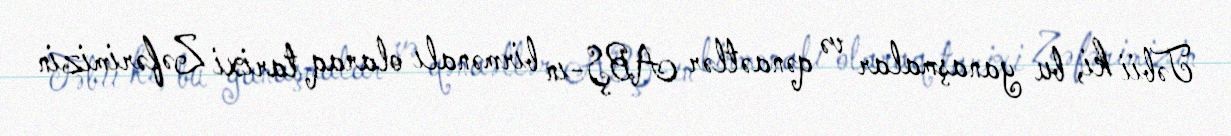
Təbii ki, bu yanaşmalar və qənaətlər ABŞ-ın birmənalı olaraq tarixi Zəfərimizin